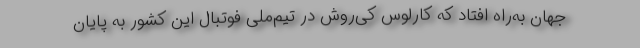
جهان به‌راه افتاد که کارلوس کی‌روش در تیم‌ملی فوتبال این کشور به پایان